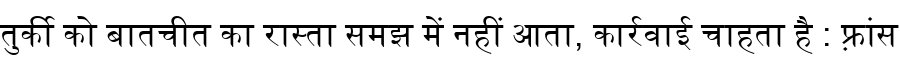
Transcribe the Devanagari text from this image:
तुर्की को बातचीत का रास्ता समझ में नहीं आता, कार्रवाई चाहता है : फ़्रांस